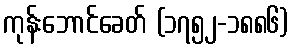
ကုန်းဘောင်ခေတ် (၁၇၅၂-၁၈၈၆)